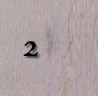
2